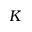
K